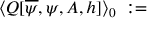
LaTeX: \langle Q [ \overline { { { \psi } } } , \psi , A , h ] \rangle _ { 0 } \; : =